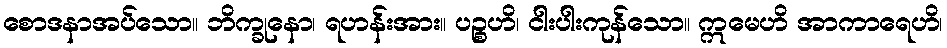
စောဒနာအပ်သော။ ဘိက္ခုနော၊ ရဟန်းအား။ ပဉ္စဟိ၊ ငါးပါးကုန်သော။ ဣမေဟိ အာကာရေဟိ၊